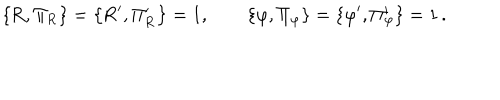
LaTeX: \mathrm { \left\{ R , \Pi _ { R } \right\} = \left\{ R ^ { \prime } , \Pi _ { R } ^ { \prime } \right\} = 1 , \qquad \left\{ \ v a r p h i , \Pi _ { \ v a r p h i } \right\} = \left\{ \ v a r p h i ^ { \prime } , \Pi _ { \ v a r p h i } ^ { \prime } \right\} = 1 \, . }